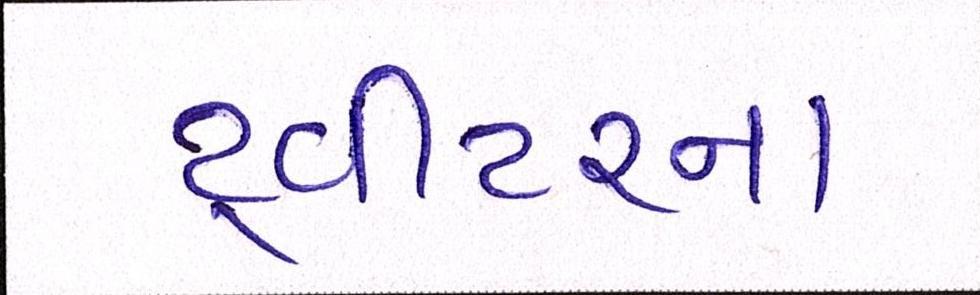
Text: ટ્વીટરના